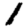
Digit: 1